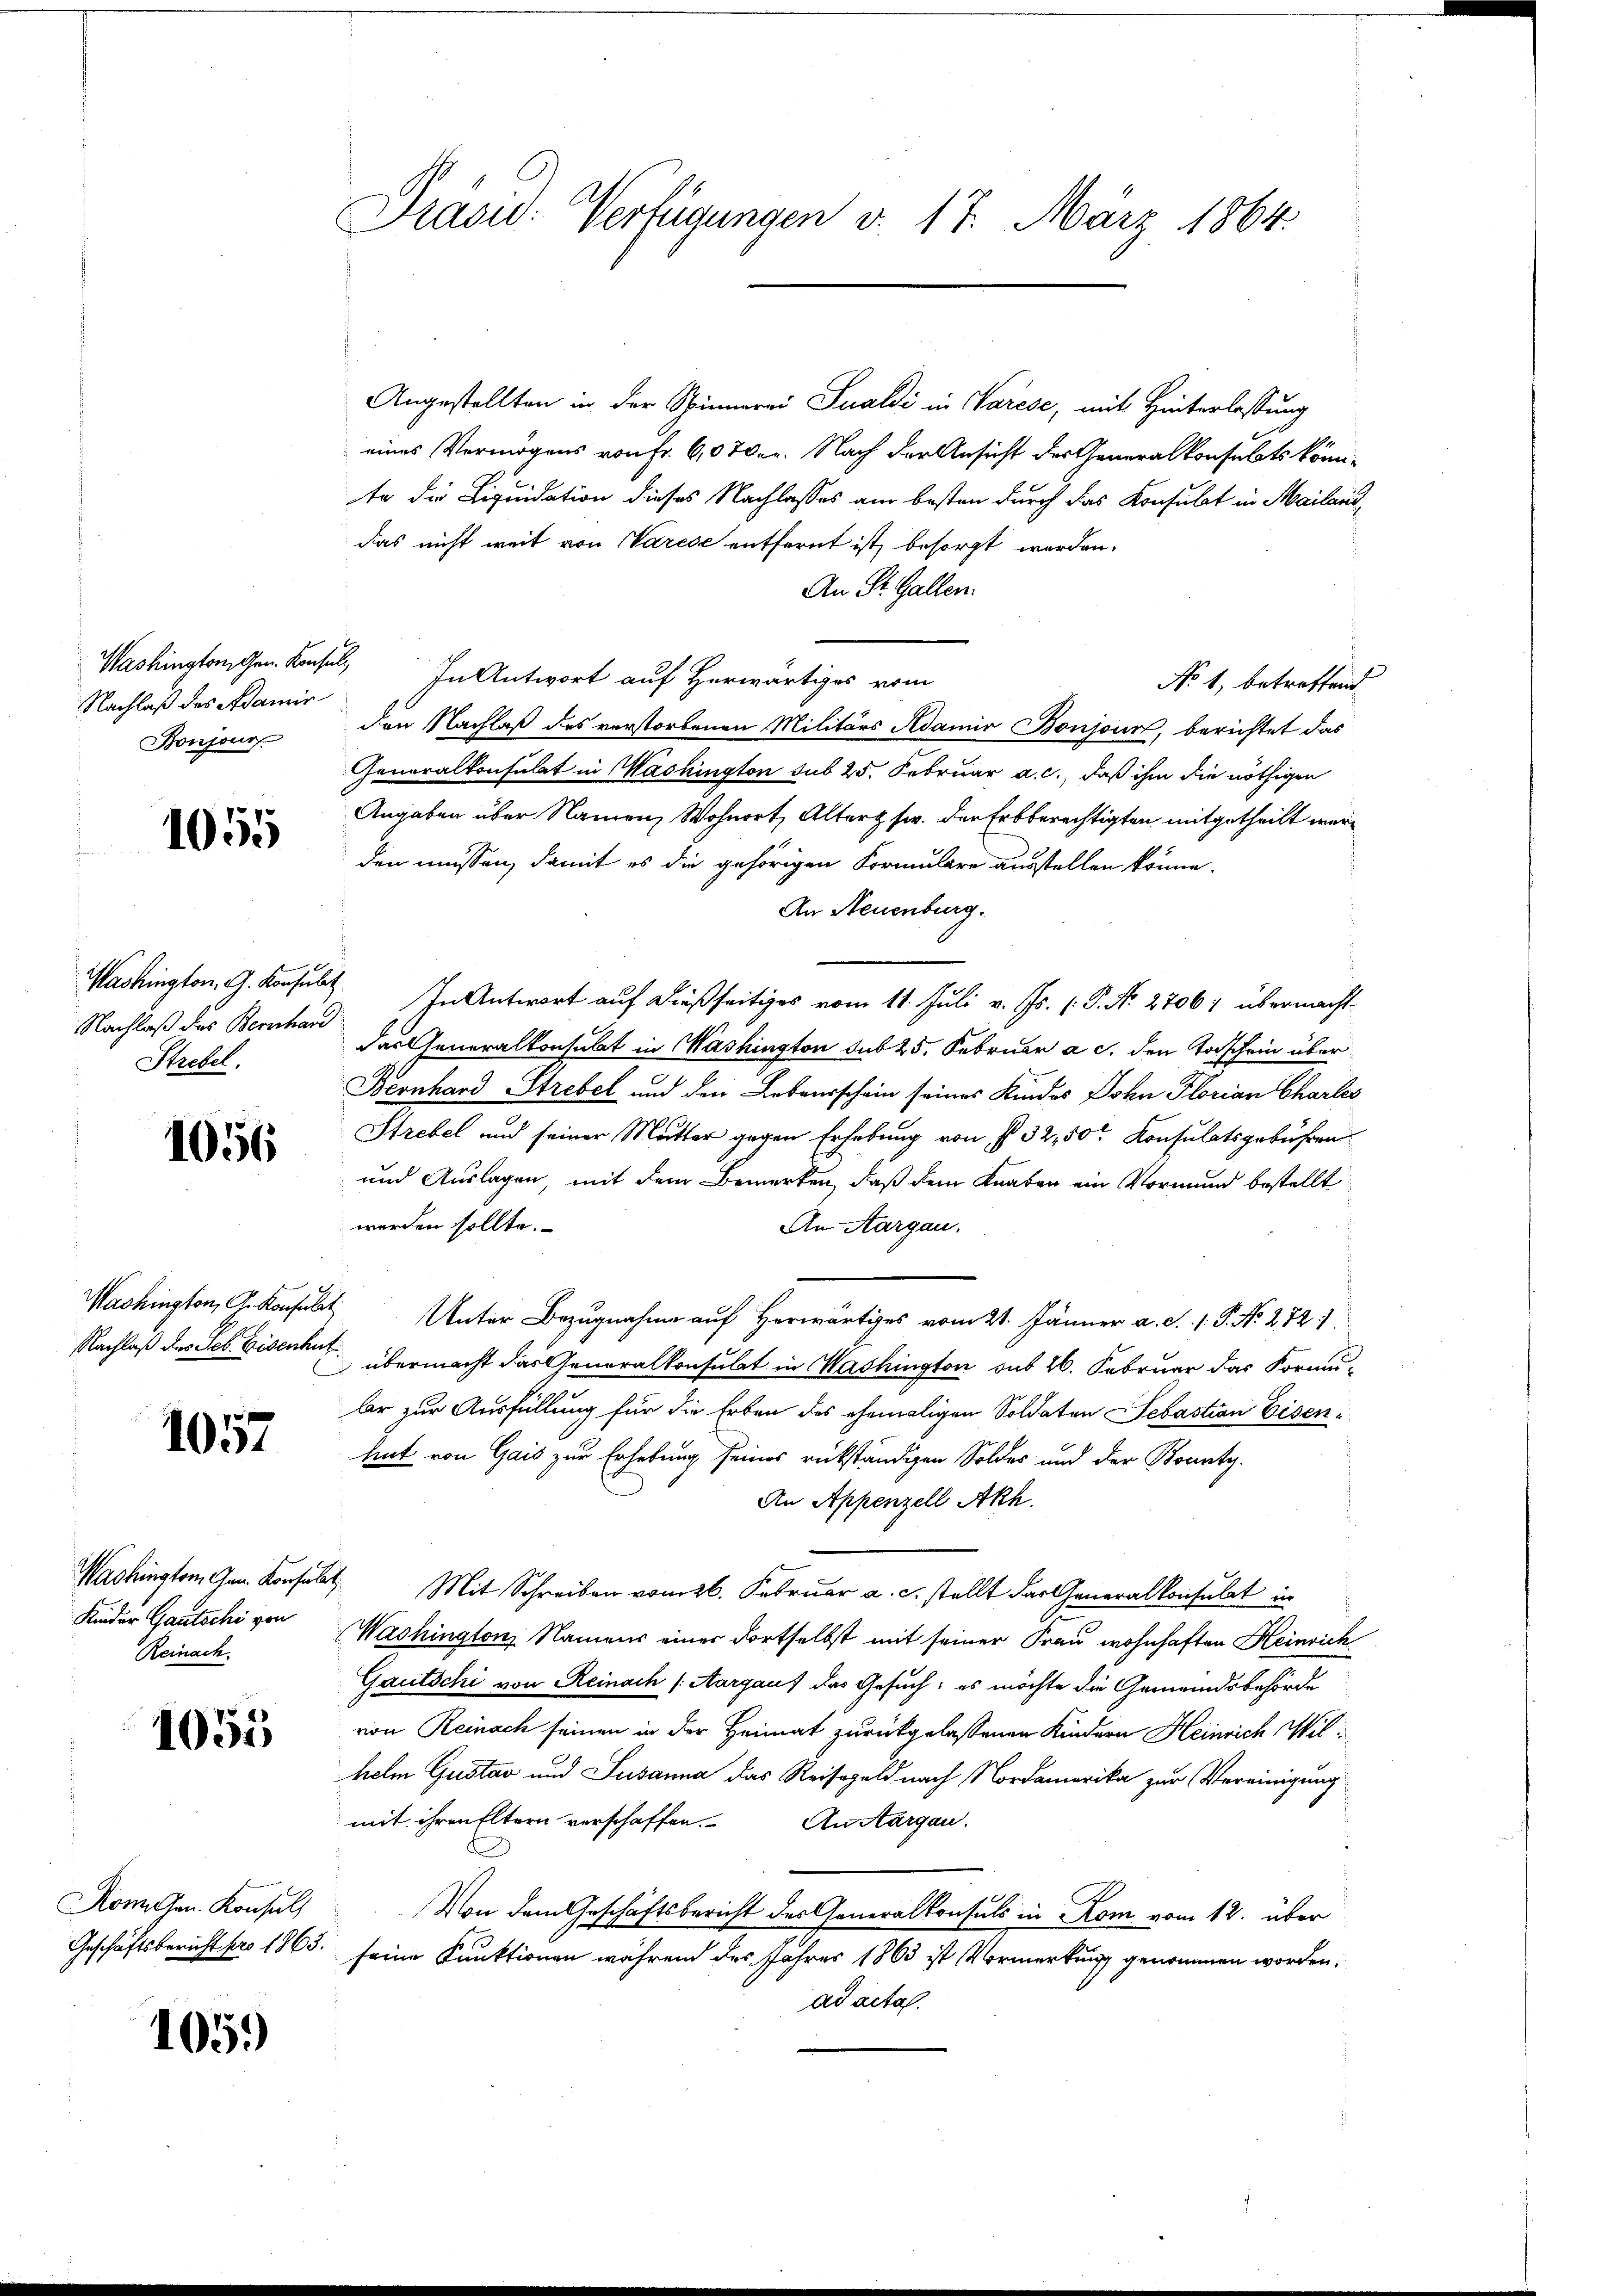
Nachlaß des Adamir
Bonjour
1055

Nachlaß des Bernhard
Strebel.

1056

1057

Reinach

1055

Komen. Konsul

105.)

Präsid. Verfügungen d. 17. März 1864.

Angestellten in der Spinnerei Sualdi in Varese, mit Hinterlassung
eines Vermögens von Fr. 6,070. r. Nach der Ansicht der Generalkonsulats kömite die Liquidation dieses Nachlasses am besten durch das Konsulat in Mailand,
das nicht weit von Varese entfernt ist, besorgt werden.
An Dr. Gallen.
Washingangen. Konsul, In Antwort auf Horwärtiges vom
No 1, betreffend
den Nachlaß des verstorbenen Militärs Adamir Boujour, berichtet das
Generalkonsulat in Mashington sub 25. Februar a. c., daß ihm die nöthigen
Angaben über Namen, Wohnort, Alter s. der Erbberechtigten mitgetheilt werden müssen, damit es die gehörigen Formulare ausstellen könne.
An Neuenburg.
Washingten. G. Konsulat In Antwort auf dießseitiges vom 11. Juli v. Js. (P. N. 27067 übermachtdas Generalkonsulat in Washington sub 25. Februar a. c. den Todschein über
Beonhard Strebel und den Lebensschein seines Kindes John Florian Charles
Strebel und seiner Mutter gegen Erhebung von § 32, 50 Konsulatsgebühren
und Auslagen, mit dem Bemerken, daß dem Knaben ein Vormund bestellt
werden sollte.
An Aargau.
Washington, A. Konsul Unter Bezugnahme auf Herwärtiges vom 21. Jänner a. d. 1. P. N. 272. 1
Nachlaß des Seb. Eisenkt übermacht das Generalkonsulat in Washington sub 26. Februar das Formu-
br zur Ausfüllung für die Erben des ehemaligen Soldaten Sebastian Eisenhut von Gais zur Erhebung seines rückständigen Soldes und der Bounty-
An Appenzell Akh.
Washingtem Gen. Konsult. Mit Schreiben vom 26. Februar a. c. stellt das Generalkonsulat in
Kinder Gautschi von Washington, Namens einer dortselbst mit seiner Frau wohnhaften Heinrich
Gautschi von Reinach (Aargauf das Gesuch: es möchte die Gemeindsbehörde
von Reinach seinen in der Heimat zurückgelassenen Kindern Heinrich Wilhelm Gustav und Susanna das Reisegeld nach Nordamerika zur Vereinigung
mit ihren Eltern verschaffen. An Aargau.
Von dem Geschäftsbericht des Generalkonsuls in Rom vom 12. über
Geschäftsbericht pro 1865. seine Funktionen während des Jahres 1863 ist Vormerkung genommen worden.
ad acta.